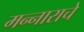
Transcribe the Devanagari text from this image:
मन्नाराचे